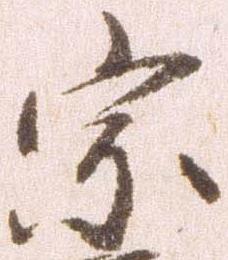
宗